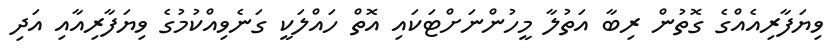
ވިޔަފާރިއެއްގެ ގޮތުން ރިބާ އަތުލާ މީހުންނަށްޓަކައި އޮތް ހައްލަކީ ގަނެވިއްކުމުގެ ވިޔަފާރިއާއި އަދި